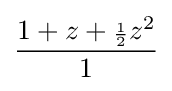
{\frac {1+z+{\scriptstyle {\frac {1}{2}}}z^{2}}{1}}